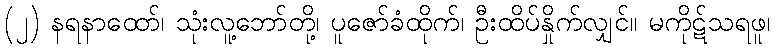
(၂) နရနာထော်၊ သုံးလူ့ဘော်တို့၊ ပူဇော်ခံထိုက်၊ ဦးထိပ်နှိုက်လျှင်။ မကိုဋ်သရဖူ၊